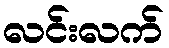
လင်းလက်